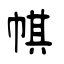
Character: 帺